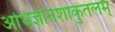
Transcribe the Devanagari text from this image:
अभिज्ञानशाकुंतलम्‌